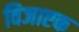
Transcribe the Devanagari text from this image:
विजाएक